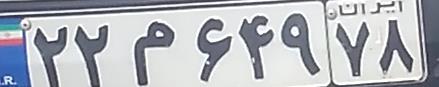
۲۲م۶۴۹۷۸